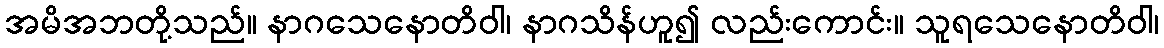
အမိအဘတို့သည်။ နာဂသေနောတိဝါ၊ နာဂသိန်ဟူ၍ လည်းကောင်း။ သူရသေနောတိဝါ၊